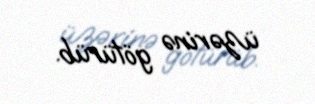
üzərinə götürüb.